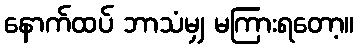
နောက်ထပ် ဘာသံမျှ မကြားရတော့။